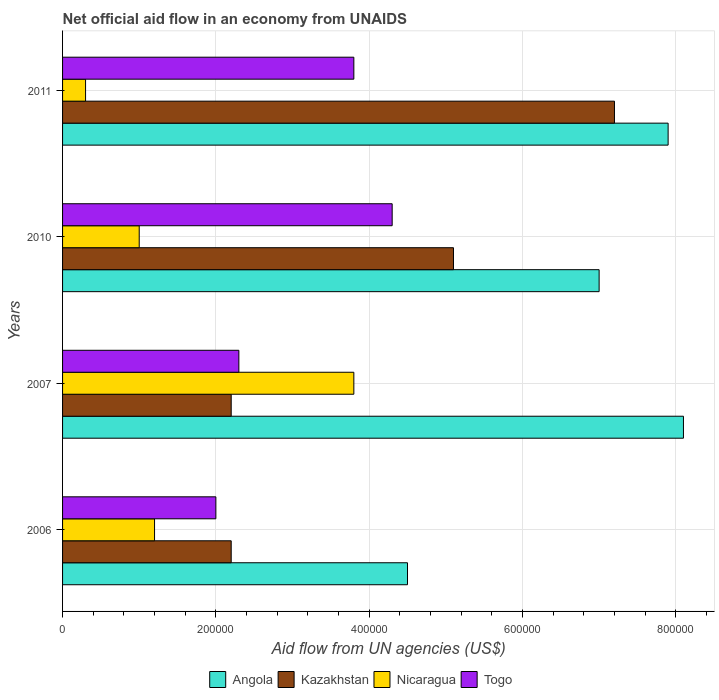
| Years | Angola | Kazakhstan | Nicaragua | Togo |
 | --- | --- | --- | --- | --- |
 | 2006 | 4.5e+05 | 2.2e+05 | 1.2e+05 | 2e+05 |
 | 2007 | 8.1e+05 | 2.2e+05 | 3.8e+05 | 2.3e+05 |
 | 2010 | 7e+05 | 5.1e+05 | 1e+05 | 4.3e+05 |
 | 2011 | 7.9e+05 | 7.2e+05 | 3e+04 | 3.8e+05 |